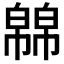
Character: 𭘸